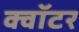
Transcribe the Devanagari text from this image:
क्वॉटर